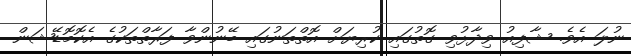
ނުލަ އެވެ. ޝާފިއު ވިދާޅުވި ގޮތުގައި ކުރިޔަށް އޮތްތަނުގައި ބޭނުންވާ ފަރާތްތަކުގެ އެކޮމޮޑޭޝަން